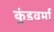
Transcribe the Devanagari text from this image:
कुंडवर्मा